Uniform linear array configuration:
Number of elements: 4
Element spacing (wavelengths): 1
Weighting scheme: hann
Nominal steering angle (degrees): -60
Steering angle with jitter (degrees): -60.99
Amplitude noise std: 0.05
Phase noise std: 0.05

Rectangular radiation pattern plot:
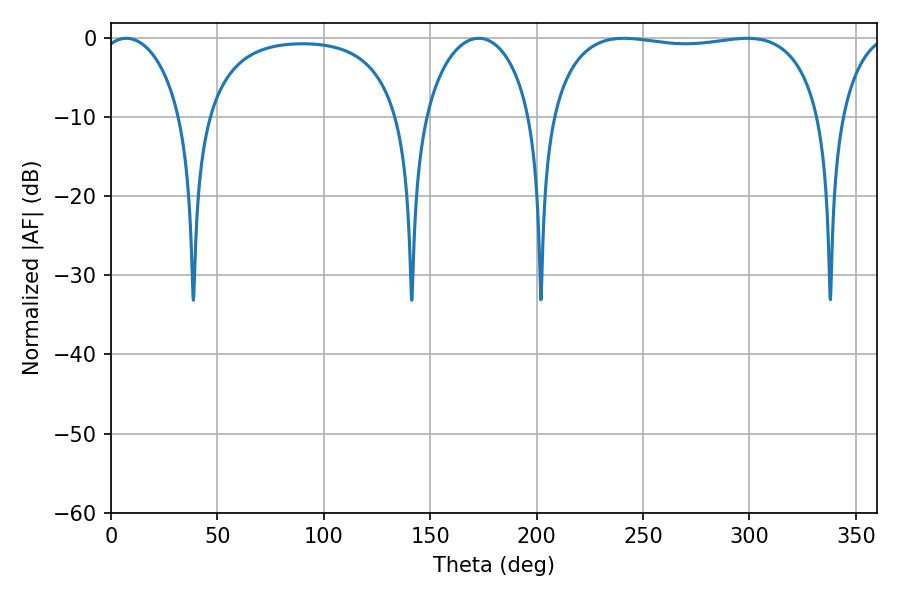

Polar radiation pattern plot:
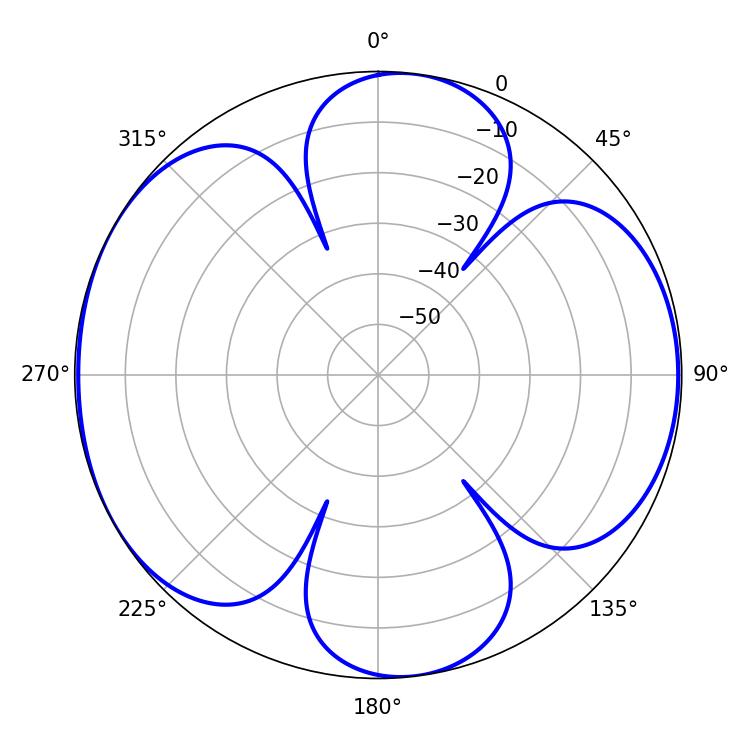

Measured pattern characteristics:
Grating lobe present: TRUE
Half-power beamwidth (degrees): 102.6
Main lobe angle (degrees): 241.02